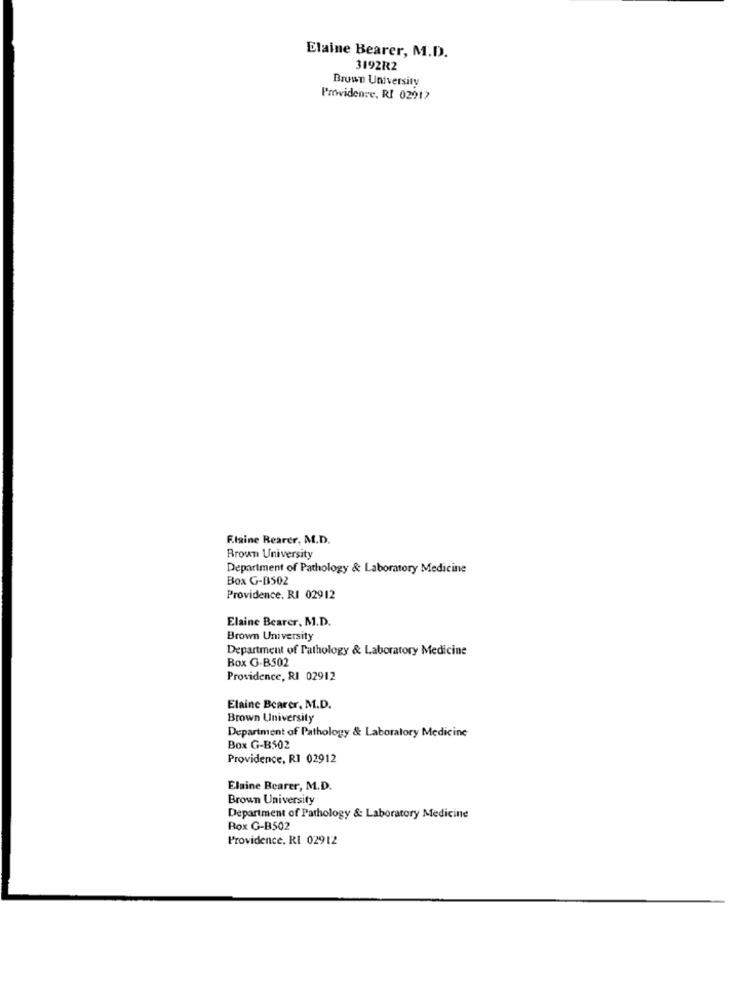
Elaine Bearer, M.D.
3192R2
Brown University
Providence, RI 02917
F.laine Rearer, M.D.
Brown University
Department of Pathology & Laboratory Medicine
Box G-B502
Providence. RI 02912
Elaine Bearer, M.D.
Brown University
Department of Pathology & Laboratory Medicine
Box G-B502
Providence, RI 02912
Elaine Bearer, M.D.
Brown University
Department of Pathology & Laboratory Medicine
Box G-B502
Providence, R1 02912
Elaine Bearer, M.D.
Brown University
Department of Pathology & Laboratory Medicine
Rox G-B502
Providence, RI 02912